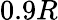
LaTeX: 0.9R